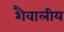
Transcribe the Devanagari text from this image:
शैवालीय